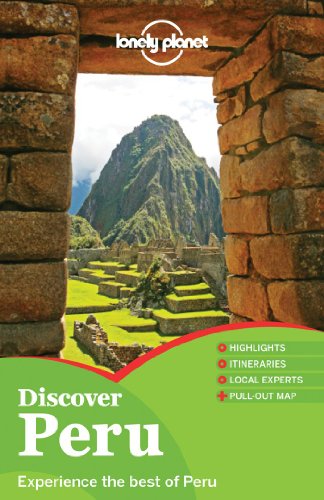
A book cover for Lonely Planet Discover Peru (Travel Guide); Lonely Planet; Travel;